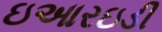
ઇઆરઇડી